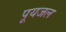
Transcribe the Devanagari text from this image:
पूयजल